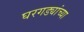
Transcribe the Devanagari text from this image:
घरगड्यांच्या